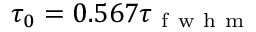
\tau _ { 0 } = 0 . 5 6 7 \tau _ { \mathrm { ~ f ~ w ~ h ~ m ~ } }